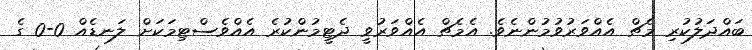
ބައްދަލުކުރި މެޗް އެއްވަރުވުމުންނެވެ. އެމެޗް އެއްވަރުވީ ދެޓީމުންކުރެ އެއްވެސްޓިމަކަށް ލަނޑެއް 0-0 ގެ